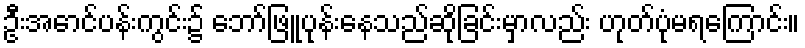
ဦးအောင်ပန်းကွင်း၌ ဘော်ဖြူပုန်းနေသည်ဆိုခြင်းမှာလည်း ဟုတ်ပုံမရကြောင်း။